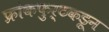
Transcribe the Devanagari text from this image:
फ्रांकफुर्टकडून